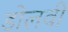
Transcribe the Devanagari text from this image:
डोलवी